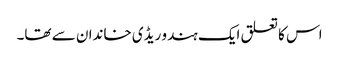
اس کا تعلق ایک ہندو ریڈی خاندان سے تھا۔